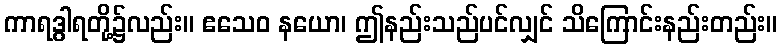
ကာရဒွါရတို့၌လည်း။ ဧသေဝ နယော၊ ဤနည်းသည်ပင်လျှင် သိကြောင်းနည်းတည်း။